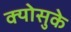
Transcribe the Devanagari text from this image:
क्योसुके